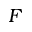
F